Vaccination in Bombay 1863-1868 - 1863-1868
Year: 1863
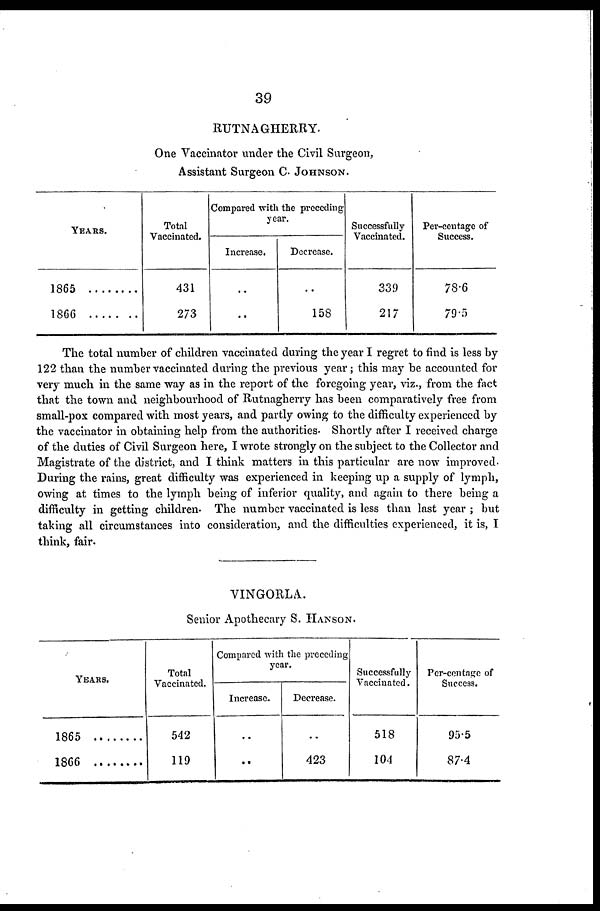
39
RUTNAGHERRY.
One Vaccinator under the Civil Surgeon,
Assistant Surgeon C. JOHNSON.
YEARS.
1865
1860
Total
Vaccinated.
431
273
Compared with the preceding
year.
Increase.
..
..
Decrease.
..
158
Successfully
Vaccinated.
339
217
Per-centage of
Success.
78.6
79.5
The total number of children vaccinated during the year I regret to find is less by
122 than the number vaccinated during the previous year; this may be accounted for
very much in the same way as in the report of the foregoing year, viz., from the fact
that the town and neighbourhood of Rutnagherry has been comparatively free from
small-pox compared with most years, and partly owing to the difficulty experienced by
the vaccinator in obtaining help from the authorities. Shortly after I received charge
of the duties of Civil Surgeon here, I wrote strongly on the subject to the Collector and
Magistrate of the district, and I think matters in this particular are now improved.
During the rains, great difficulty was experienced in keeping up a supply of lymph,
owing at times to the lymph being of inferior quality, and again to there being a
difficulty in getting children. The number vaccinated is less than last year ; but
taking all circumstances into consideration, and the difficulties experienced, it is, I
think, fair.
VINGORLA.
Senior Apothecary S. HANSON.
YEARS.
1865 ........
1866 ........
Total
Vaccinated.
542
119
Compared with the preceding
year.
Increase.
..
..
Decrease.
..
423
Successfully
Vaccinated.
518
104
Per-centage of
Success.
95.5
87.4